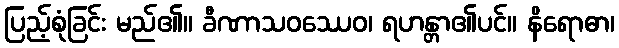
ပြည့်စုံခြင်း မည်၏။ ခီဏာသဝဿေဝ၊ ရဟန္တာ၏ပင်။ နိရောဓာ၊